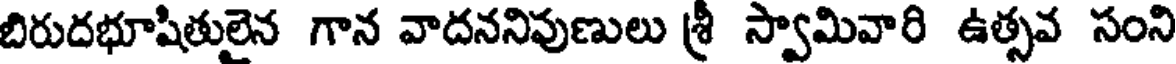
బిరుదభూషితులైన గాన వాదననివుణులు శ్రీ స్వామివారి ఉత్సవ సంని